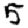
Digit: 5